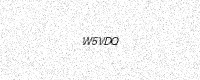
Text: W5VDQ